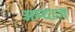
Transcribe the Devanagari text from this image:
अम्दाज़